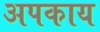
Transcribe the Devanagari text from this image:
अपकाय